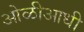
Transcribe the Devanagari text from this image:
ओळीआधी